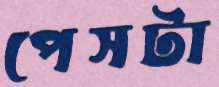
পেসটা